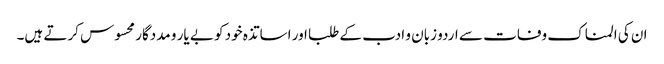
ان کی المناک وفات سے اردو زبان و ادب کے طلبا اور اساتذہ خود کو بے یار و مددگار محسوس کرتے ہیں۔